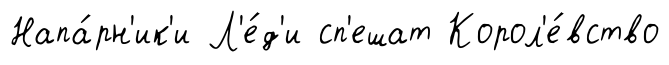
Напа́рн'ик'и Л'е́д'и сп'ешат Корол'е́вство